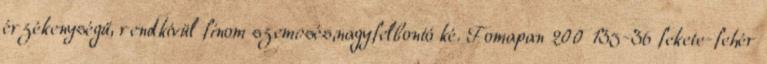
érzékenységű, rendkívül finom szemcsés,nagyfelbontó ké. Fomapan 200 135-36 fekete-fehér